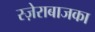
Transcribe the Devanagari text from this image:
स्ज़ेराबाजका